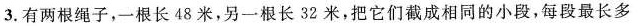
3.有两根绳子，一根长48米，另一根长32米，把它们截成相同的小段，每段最长多